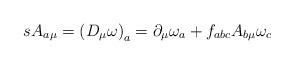
LaTeX: \begin{align*}sA_{a\mu}= \left( D_{\mu} \omega\right)_{a} =\partial_{\mu} \omega_{a}+f_{abc}A_{b\mu}\omega_c\end{align*}